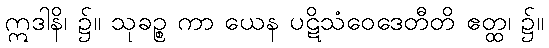
ဣဒါနိ၊ ၌။ သုခဉ္စ ကာ ယေန ပဋိသံဝေဒေတီတိ ဧတ္ထ၊ ၌။